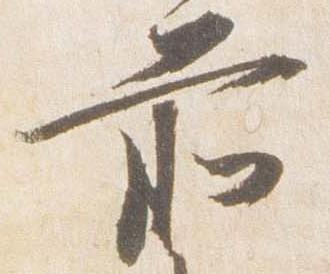
前